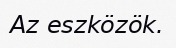
Az eszközök.